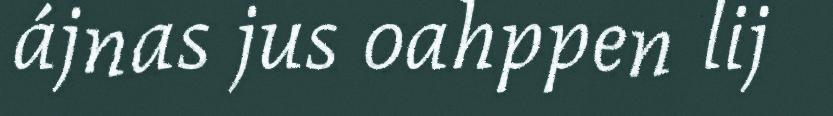
ájnas jus oahppen lij